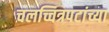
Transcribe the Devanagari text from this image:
चलच्चित्रपटांच्या